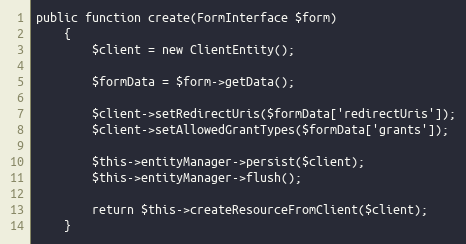
Language: PHP
public function create(FormInterface $form)
    {
        $client = new ClientEntity();

        $formData = $form->getData();

        $client->setRedirectUris($formData['redirectUris']);
        $client->setAllowedGrantTypes($formData['grants']);

        $this->entityManager->persist($client);
        $this->entityManager->flush();

        return $this->createResourceFromClient($client);
    }